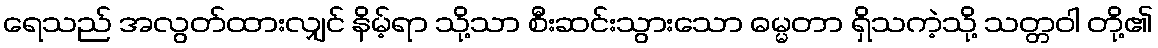
ရေသည် အလွတ်ထားလျှင် နိမ့်ရာ သို့သာ စီးဆင်းသွားသော ဓမ္မတာ ရှိသကဲ့သို့ သတ္တဝါ တို့၏